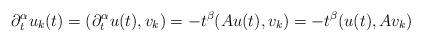
LaTeX: \begin{align*}\partial_t^\alpha u_k(t)=(\partial_t^\alpha u(t), v_k)= -t^{\beta}(Au(t), v_k)=-t^{\beta}(u(t), Av_k)\end{align*}